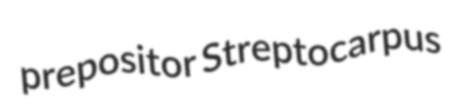
prepositor Streptocarpus